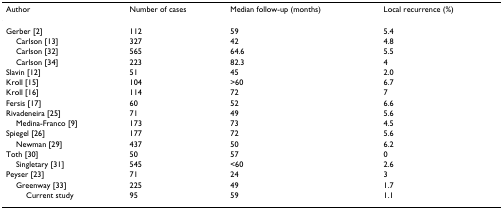
| Author | Number of cases | Median follow-up (months) | Local recurrence (%) |
 | --- | --- | --- | --- |
 | Gerber [2] | 112 | 59 | 5.4 |
 | Carlson [13] | 327 | 42 | 4.8 |
 | Carlson [32] | 565 | 64.6 | 5.5 |
 | Carlson [34] | 223 | 82.3 | 4 |
 | Slavin [12] | 51 | 45 | 2.0 |
 | Kroll [15] | 104 | >60 | 6.7 |
 | Kroll [16] | 114 | 72 | 7 |
 | Fersis [17] | 60 | 52 | 6.6 |
 | Rivadeneira [25] | 71 | 49 | 5.6 |
 | Medina-Franco [9] | 173 | 73 | 4.5 |
 | Spiegel [26] | 177 | 72 | 5.6 |
 | Newman [29] | 437 | 50 | 6.2 |
 | Toth [30] | 50 | 57 | 0 |
 | Singletary [31] | 545 | <60 | 2.6 |
 | Peyser [23] | 71 | 24 | 3 |
 | Greenway [33] | 225 | 49 | 1.7 |
 | Current study | 95 | 59 | 1.1 |